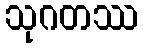
သုဂတဿ